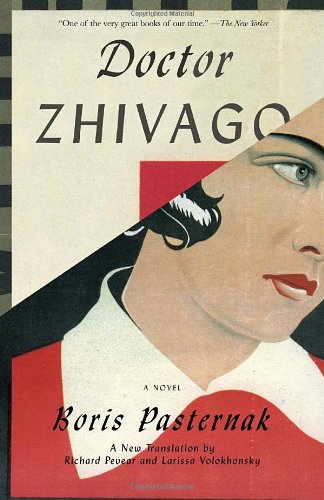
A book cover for Doctor Zhivago (Vintage International); Boris Pasternak; Literature & Fiction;